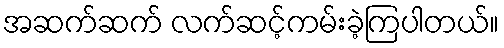
အဆက်ဆက် လက်ဆင့်ကမ်းခဲ့ကြပါတယ်။